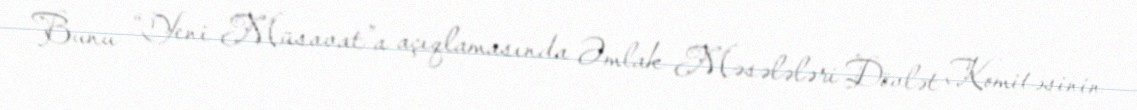
Bunu “Yeni Müsavat”a açıqlamasında Əmlak Məsələləri Dövlət Komitəsinin